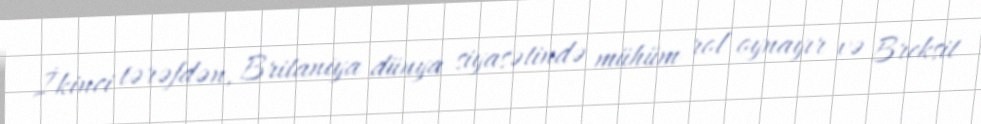
İkinci tərəfdən, Britaniya dünya siyasətində mühüm rol oynayır və Breksit